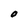
Character: O